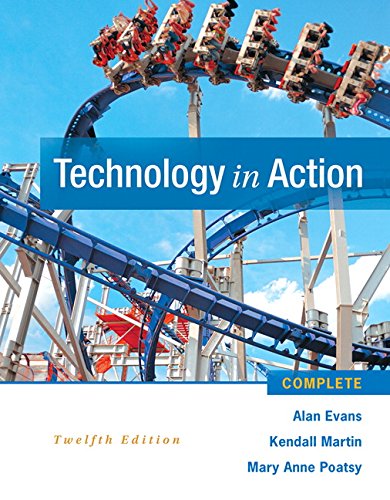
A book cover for Technology In Action Complete (12th Edition) (Newest Edition); Alan Evans; Computers & Technology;